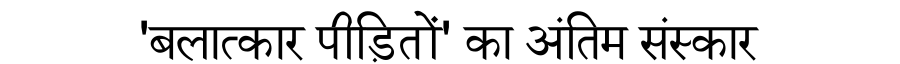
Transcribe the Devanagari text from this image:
'बलात्कार पीड़ितों' का अंतिम संस्कार